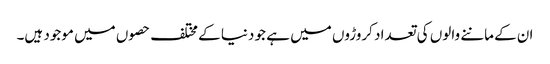
ان کے ماننے والوں کی تعداد کروڑوں میں ہے جو دنیا کے مختلف حصوں میں موجود ہیں۔